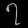
Digit: ၇